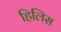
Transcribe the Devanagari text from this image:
हिलिस